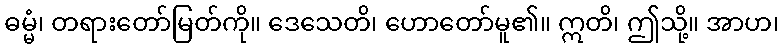
ဓမ္မံ၊ တရားတော်မြတ်ကို။ ဒေသေတိ၊ ဟောတော်မူ၏။ ဣတိ၊ ဤသို့။ အာဟ၊